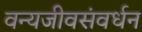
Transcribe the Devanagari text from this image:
वन्यजीवसंवर्धन